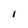
Character: 1